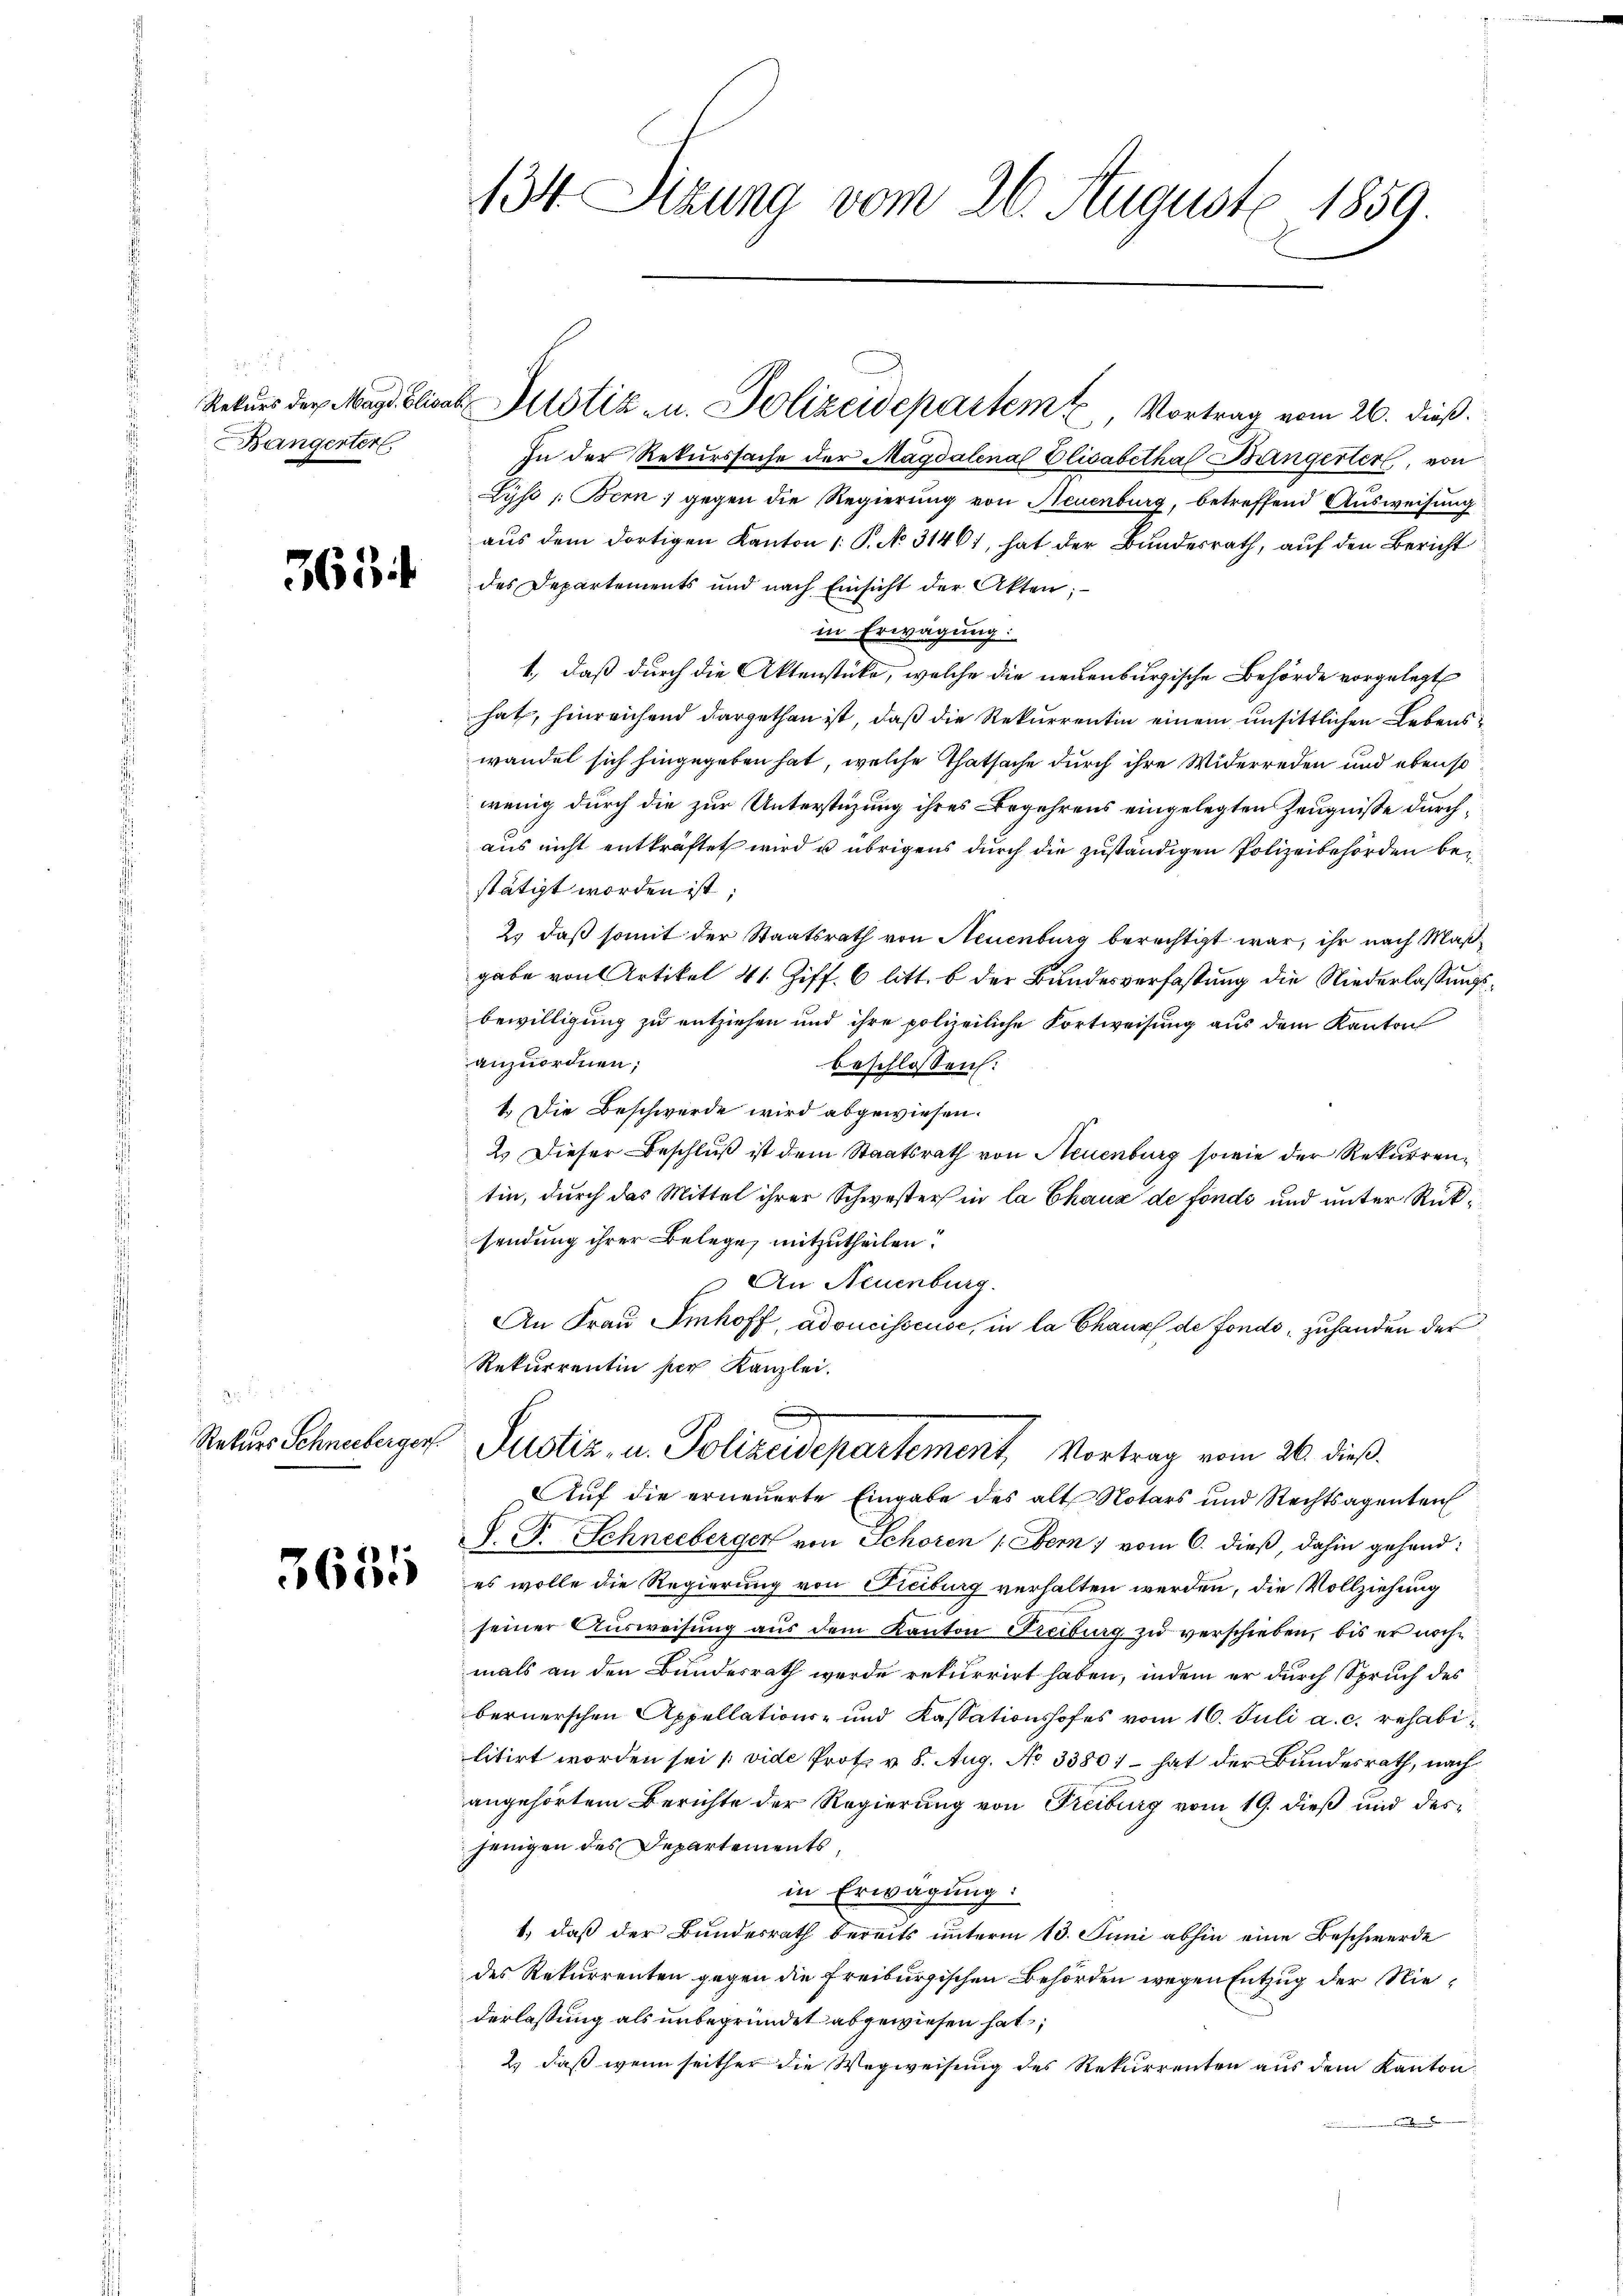
Bängerter

363 f

d
Rekurs Schneeberger.

3681

134 Sizung vom 26. August 1859.

In der Rekurssache der Magdalena Elisabethaf Bangerter, von
Lys /: Bern; gegen die Regierung von Neuenburg, betreffend Ausweisung
aus dem dortigen Kanton 1: P. No. 31461, hat der Bundesrath, auf den Bericht
des Departements und nach Einsicht der Akten;
in Erwägung:
1., daß durch die Aktenstücke, welche die neuenburgische Behörde vorgelegt
hat, hinreichend dargethan ist, daß die Rekurrentin einem unsittlichen Lebenswandet sich hingegeben hat, welche Thatsache durch ihre Widerreden und ebenso
wenig durch die zur Unterstüzung ihres Begehrens eingelegten Zeugniße durch
aus nicht entkräftet wird u. übrigens durch die zuständigen Polizeibehörden bei
stätigt worden ist;
2. daß somit der Staatsrath von Neuenburg berechtigt war, ihr nach Maßgabe von Artikel 41 Ziff. 6 litt. b der Bundesverfassung die Niederlassungsbewilligung zu entziehen und ihre polizeiliche Fortweisung aus dem Kanton
anzuordnen;
beschlossen:
1. Die Beschwerde wird abgewiesen.
2. Dieser Beschluß ist dem Staatsrath von Neuenburg sowie der Rekurrentin, durch das Mittel ihrer Schwesters in la Chaux de fonds und unter Rücksendung ihrer Belege mitzutheilen.
An Neuenburg.
An Frau Imhoff, adoucisseuse, in la Chaux de fondo, zuhanden der
Rekurrentin her Kanzlei.
Justiz, u. Polizeidepartement, Vortrag vom 26. dieß.
Auf die erneuerte Eingabe des alt Notars und Rechtsagenten
S. F. Schneeberger von Schoren : Bern, vom 6. dieß, dahin gehandes wolle die Regierung von Freiburg verhalten werden, die Vollziehung
seiner Ausweisung aus dem Kanton Freiburg zu verschieben, bis er nochmals an den Bundesrath werde rekurrirt haben, indem er durch Spruch des
bernerschen Appellations- und Kassationshofes vom 16. Juli a. c. rehabilitirt worden sei (vide Prot. v. 8. Aug. No 3380; – hat der Bundesrath, nach
angehörtem Berichte der Regierung von Freiburg vom 19. dieß und des
jenigen des Departements,
in Erwägung:
1., daß der Bundesrath bereits unterm 13. Juni abhin eine Beschwerde
des Rekurrenten gegen die Freiburgischen Behörden wegen Entzug der Niederlassung als unbegründet abgewiesen hat;
2.) daß wenn seither die Wegweisung des Rekurrenten aus dem Kanton

Rekŭrs der Magd. blicat Altstiz u. Polizeidepartem u. Vortrag vom 26. dieß.